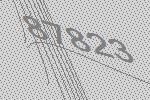
87823